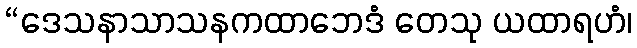
“ဒေသနာသာသနကထာဘေဒံ တေသု ယထာရဟံ၊